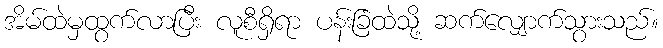
အိမ်ထဲမှထွက်လာပြီး လူစီရှိရာ ပန်းခြံထဲသို့ ဆက်လျှောက်သွားသည်။